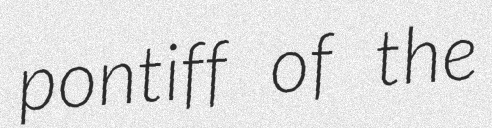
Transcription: pontiff of the